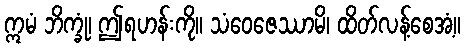
ဣမံ ဘိက္ခုံ၊ ဤရဟန်းကို။ သံဝေဇေဿာမိ၊ ထိတ်လန့်စေအံ့။